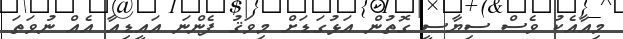
މިއާއެކު ވެސް ސިޔާސީ ގޮތުން އަޅުގަޑަށް މިވަޤު ފެންނަ އައީޑިއާ އެއް ނުވަތަ